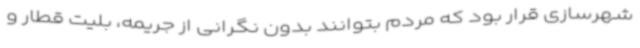
شهرسازی قرار بود که مردم بتوانند بدون نگرانی از جریمه، بلیت قطار و